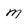
Character: m